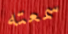
سمعته